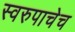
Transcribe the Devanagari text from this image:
स्वरुपाचेच